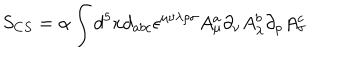
S _ { C S } = \alpha \int d ^ { 5 } x d _ { a b c } \epsilon ^ { \mu \nu \lambda \rho \sigma } A _ { \mu } ^ { a } \partial _ { \nu } A _ { \lambda } ^ { b } \partial _ { \rho } A _ { \sigma } ^ { c }